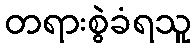
တရားစွဲခံရသူ